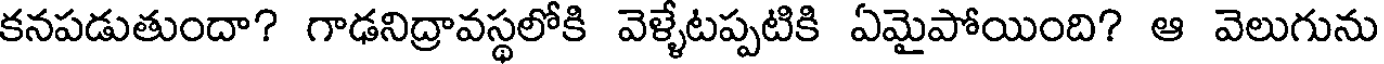
కనపడుతుందా? గాఢనిద్రావస్థలోకి వెళ్ళేటప్పటికి ఏమైపోయింది? ఆ వెలుగును